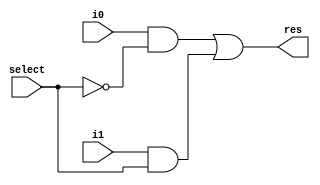
module mux1_1(res, i0, i1, select);
	input i0, i1, select;
	output res;
	
	wire nSelect;
	wire [1:0] ands;
	
	not n(nSelect, select);
	
	and a0(ands[0], i0, nSelect);
	and a1(ands[1], i1, select);
	
	or r(res, ands[0], ands[1]);
	
endmodule